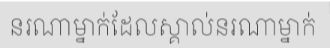
នរណាម្នាក់ដែលស្គាល់នរណាម្នាក់